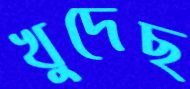
খুদেছ